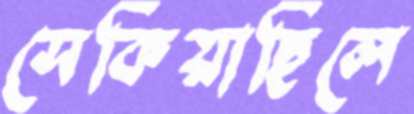
সেকিয়াছিলে